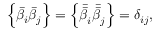
\Big \{ \bar { \beta } _ { i } \bar { \beta } _ { j } \Big \} = \Big \{ \bar { \bar { \beta } } _ { i } \bar { \bar { \beta } } _ { j } \Big \} = \delta _ { i j } ,